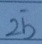
2 5